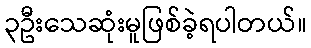
၃ဦးသေဆုံးမူဖြစ်ခဲ့ရပါတယ်။